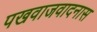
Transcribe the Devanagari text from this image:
पखवाजवादनास